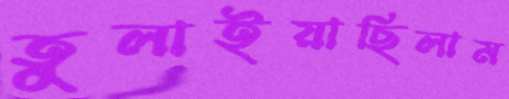
তুলাইয়াছিলাম